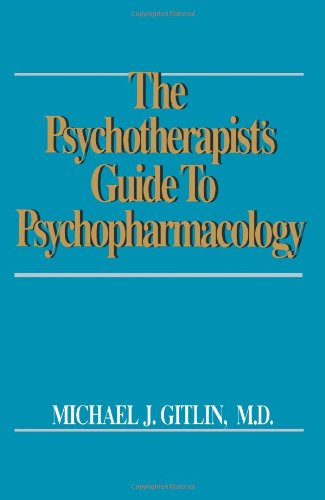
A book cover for Psychotherapist's Guide to Psychopharmacology; Michael J. Gitlin; Medical Books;